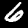
Digit: 6